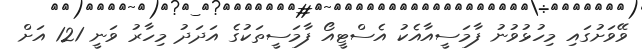
ވޭވަށުގައި މިހުޅުވުނު ފާމަސީއާއެކު އެސްޓީއޯ ފާމަސީތަކުގެ އަދަދު މިހާރު ވަނީ 121 އަށް